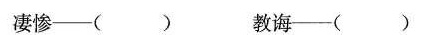
凄惨——() 教诲——()